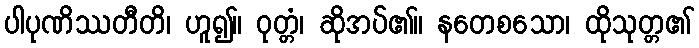
ပါပုဏိဿတီတိ၊ ဟူ၍။ ဝုတ္တံ၊ ဆိုအပ်၏။ နတေစသော၊ ထိုသုတ္တ၏